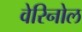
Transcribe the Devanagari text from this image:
वेरिनोल